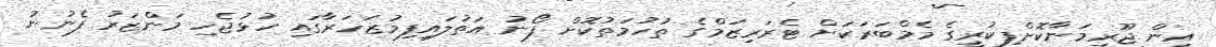
އިން ޖޫރިމަނާކޮށްފިކުރީގެ މެމްބަރަކަށް ޓެރަރިޒަމްގެ ތުހުމަތުކޮށް ފޯނު އަތުލައިފިމުޒަހަރާގައި ހުޅުޖެހި މަންޒަރު ފެނުނު